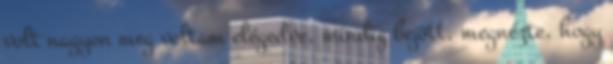
volt nagyon meg voltam elégedve, mindig bejött, megnézte, hogy